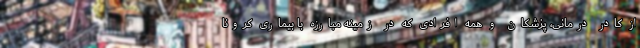
از کادر درمانی، پزشکان و همه افرادی که در زمینه مبارزه با بیماری کرونا